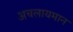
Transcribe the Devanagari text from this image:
अचलायमान